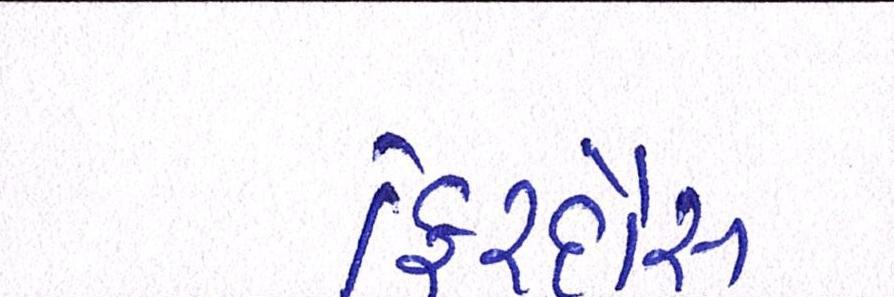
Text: ફિરદૌસ